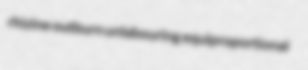
rhizine outburn unlabouring equiproportional